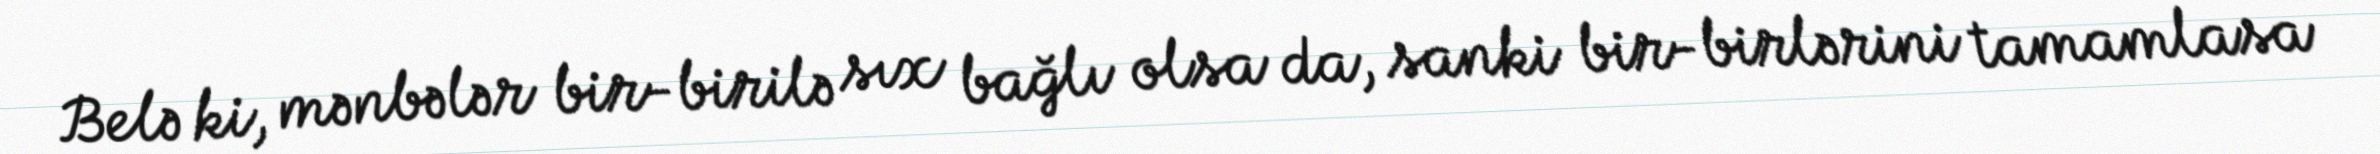
Belə ki, mənbələr bir-birilə sıx bağlı olsa da, sanki bir-birlərini tamamlasa